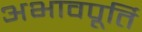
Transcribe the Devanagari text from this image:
अभावपूर्ति